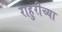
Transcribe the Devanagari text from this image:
राहुरीच्या